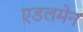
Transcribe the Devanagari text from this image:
एडलमेन